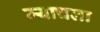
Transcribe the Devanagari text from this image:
म्याचला